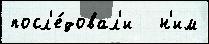
посл'е́довал'и   н'им